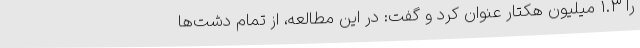
را ۱.۳ میلیون هکتار عنوان کرد و گفت: در این مطالعه، از تمام دشت‌ها